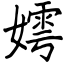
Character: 嫮